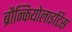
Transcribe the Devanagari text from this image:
ब्रौन्कियोलाइटिस